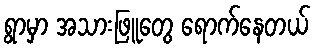
ရွာမှာ အသားဖြူတွေ ရောက်နေတယ်